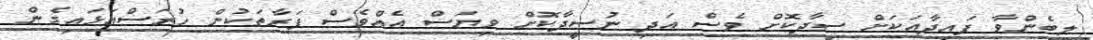
ލިބެންވާ ފައިދާއަކަށް ސީދާކޮށް ވެސް އަދި ނުސީދާކޮށް ވިޔަސް އެއްވެސް ފަރާތަކުން ހުރަސްއަޅައިގެން